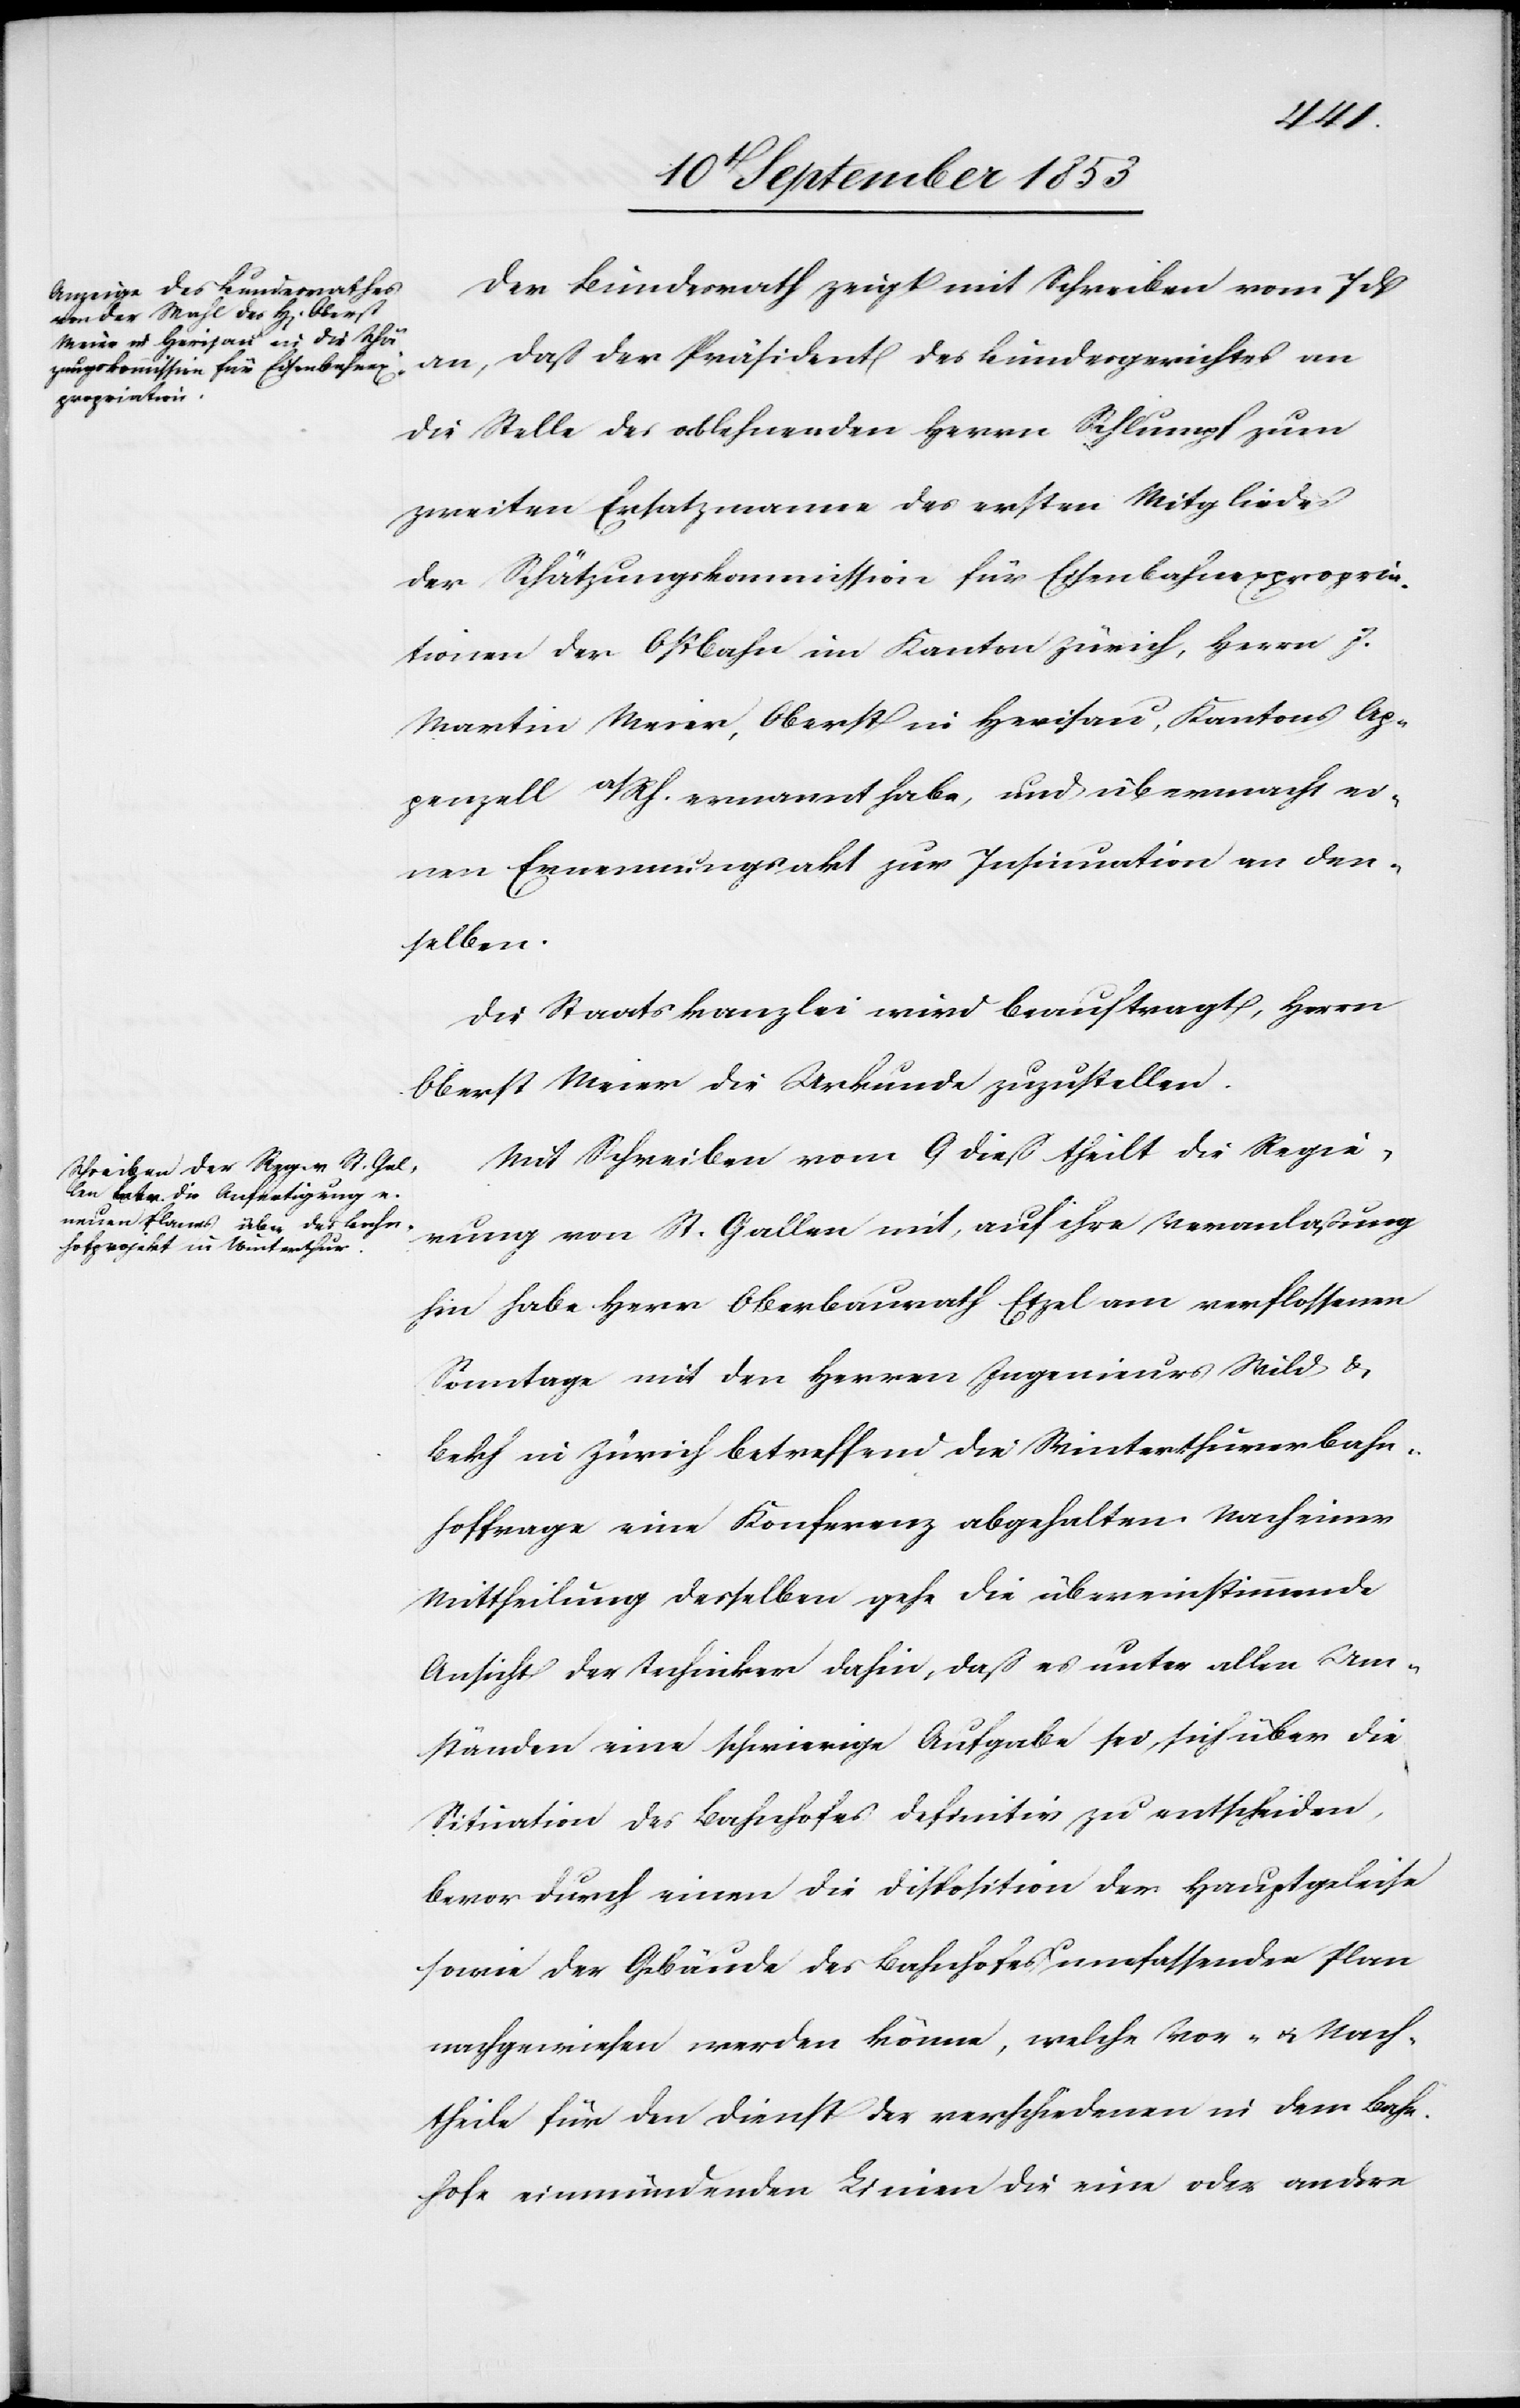
Der Bundesrath zeigt mit Schreiben vom 7 dß
an, daß der Präsident des Bundesgerichtes an
die Stelle des ablehnenden Herrn Schlumpf zum
zweiten Ersatzmanne des ersten Mitgliedes
der Schätzungskommission für Eisenbahnexpropria¬
tionen der Ostbahn im Kanton Zürich, Herrn J.
Martin Meier, Oberst in Herisau, Kantons Ap¬
penzell a/Rh. ernannt habe, und übermacht ei¬
nen Ernennungsakt zur Insinuation an den¬
selben.
Die Staatskanzlei wird beauftragt, Herrn
Oberst Meier die Urkunde zuzustellen.
Mit Schreiben vom 9 dieß theilt die Regie¬
rung von St. Gallen mit, auf ihre Veranlaßung
hin habe Herr Oberbaurath Etzel am verflossenen
Sonntage mit den Herrn Ingenieurs Wild u.
Bekh in Zürich betreffend die Winterthurer Bahn¬
hoffrage eine Konferenz abgehalten. Nach einer
Mittheilung desselben gehe die übereinstimmende
Ansicht der Techniker dahin, daß es unter allen Um¬
ständen eine schwierige Aufgabe sei, sich über die
Situation des Bahnhofes definitiv zu entscheiden,
bevor durch einen die Disposition der Hauptgleise
sowie der Gebäude des Bahnhofes umfassenden Plan
nachgewiesen werden könne, welche Vor- u. Nach¬
theile für den Dienst der verschiedenen in dem Bahn¬
hofe einmündenden Linien die eine oder andere